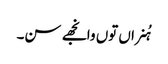
ہُنراں توں وانجھے سن۔